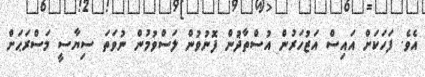
އެވެ. ފަހަކަށް އައިސް އަޒުހަރުން އުސްތާޛުން ފޮނުވުން ލަސްވުމުން ނުވަތަ ސިޔާސީ މަސްރަޙަށް